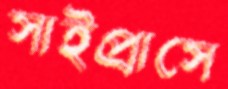
সাইপ্রাসে